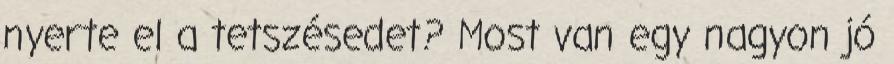
nyerte el a tetszésedet? Most van egy nagyon jó